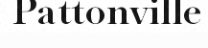
Pattonville